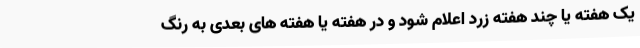
یک هفته یا چند هفته زرد اعلام شود و در هفته یا هفته های بعدی به رنگ